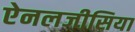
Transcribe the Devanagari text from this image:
ऐनलजीसिया